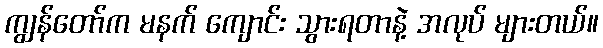
ကျွန်တော်က မနက် ကျောင်း သွားရတာနဲ့ အလုပ် များတယ်။